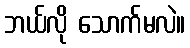
ဘယ်လို သောက်မလဲ။